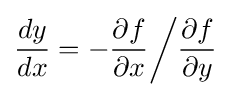
{\frac {dy}{dx}}=-{\frac {\partial f}{\partial x}}{\bigg /}{\frac {\partial f}{\partial y}}